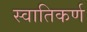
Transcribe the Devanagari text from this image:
स्वातिकर्ण